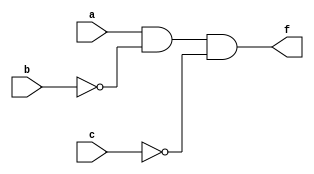
`timescale 1ns / 1ps
//////////////////////////////////////////////////////////////////////////////////
// Company: 
// Engineer: 
// 
// Design Name: 
// Module Name: lab11
// Project Name: 
// Target Devices: 
// Tool Versions: 
// Description: 
// 
// Dependencies: 
// 
// Revision:
// Revision 0.01 - File Created
// Additional Comments:
// 
//////////////////////////////////////////////////////////////////////////////////


module lab11(
    input a,
    input b,
    input c,
    output f
    );
    assign f=(a&~b)&~c;
endmodule